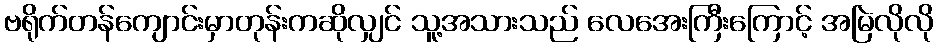
ဗရိုက်တန်ကျောင်းမှာတုန်းကဆိုလျှင် သူ့အသားသည် လေအေးကြီးကြောင့် အမြဲလိုလို